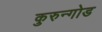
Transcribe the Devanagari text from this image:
कुरुन्गोड